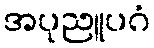
အပုညူပဂံ